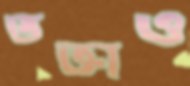
তক্তাও